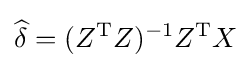
{\widehat {\delta }}=(Z^{\mathrm {T} }Z)^{-1}Z^{\mathrm {T} }X